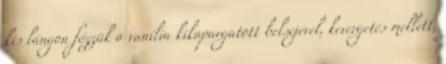
kis lángon főzzük a vanília kikapargatott belsejével, kevergetés mellett,